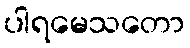
ပါရမေသတော